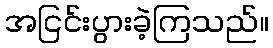
အငြင်းပွားခဲ့ကြသည်။